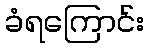
ခံရကြောင်း